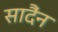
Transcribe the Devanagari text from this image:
सादैंन